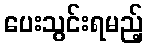
ပေးသွင်းရမည့်